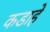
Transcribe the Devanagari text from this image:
कडाहे